Source: Handwritten
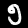
Digit: ၅ (5)